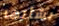
بشأنها